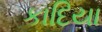
કાદિયા